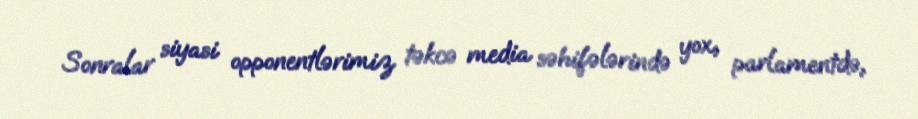
Sonralar siyasi opponentlərimiz təkcə media səhifələrində yox, parlamentdə,